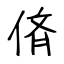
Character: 㑪